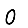
Digit: 0